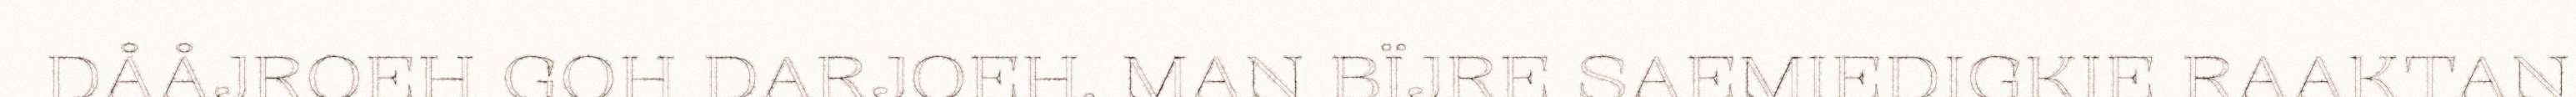
DÅÅJROEH GOH DARJOEH. MAN BÏJRE SAEMIEDIGKIE RAAKTAN